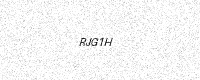
Text: RJG1H